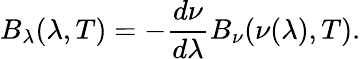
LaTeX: B_{\lambda}(\lambda,T)=-{\frac{d\nu}{d\lambda}}B_{\nu}(\nu(\lambda),T).